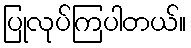
ပြုလုပ်ကြပါတယ်။